Lunatic asylums Central Provinces reports 1910-1926 - 1910-1926
Year: 1910
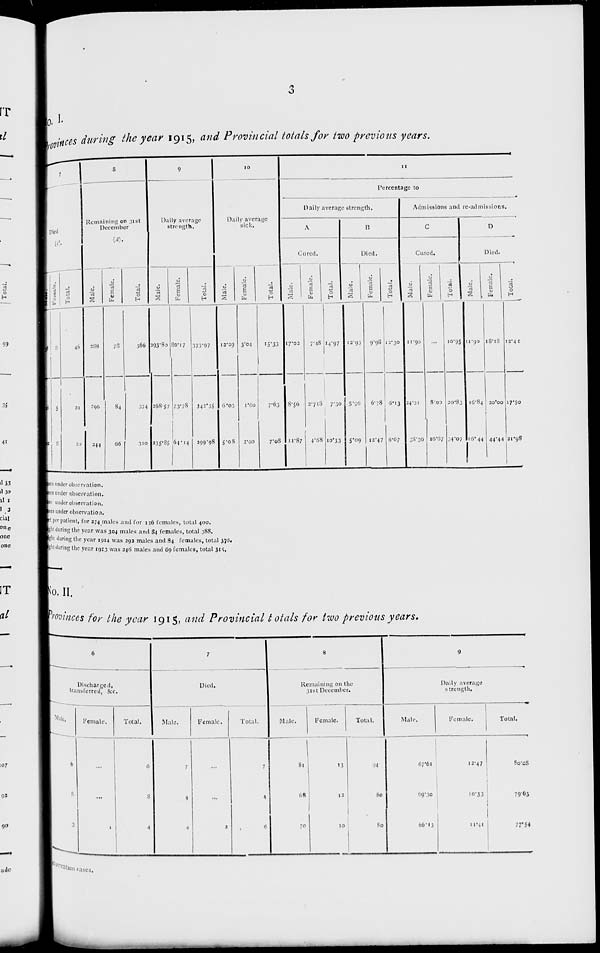
3
No.I.
Provinces during the year 1915, and Provincial totals for two previous years.
7
Died
(c).
Male.
43
16
12
Female.
3
5
8
Total.
46
21
20
8
Remaining on 31st
December
(d).
Male.
288
290
244
Female.
78
84
66
Total.
366
374
310
9
Daily average
strength.
Male.
293.80
268.57
235.85
Female.
80.17
73.78
64.14
Total.
373.97
342.35
299.98
10
Daily average
sick.
Male.
12.29
6.03
5.08
Female.
3.04
1.60
2.00
Total.
15.33
7.63
7.08
11
Percentage to
Daily average strength.
A
Cured.
Male.
17.02
8.56
11.87
Female.
7.48
2.718
4.68
Total.
14.97
7.30
10.33
B
Died.
Male.
12.93
5.96
5.09
Female.
9.98
6.78
12.47
Total.
12.30
6.13
6.67
Admissions and re-admissions.
C
Cured.
Male.
11.90
24.21
38.36
Female.
...
8.00
16.67
Total.
10.95
20.83
34.07
D
Died.
Male.
11.90
16.84
16.44
Female.
18.18
20.00
44.44
Total.
13.41
17.50
21.98
cases under observation.
cases under observation.
cases under observation.
cases under observation.
feet per patient, for 274 males and for 126 females, total 400.
night during the year was 304 males and 84 females, total 388,
night during the year 1914 was 292 males and 84 females, total 376.
night during the year 1913 was 246 males and 69 females, total 315,
No. II.
Provinces for the year 1915, and Provincial totals for two previous years.
6
Discharged,
transferred, &c.
Male.
6
8
3
Female.
...
...
1
Total.
6
8
4
7
Died.
Male.
7
4
4
Female.
...
...
2
Total.
7
4
6
8
Remaining on the
31st December.
Male.
81
68
70
Female.
13
12
10
Total.
94
80
80
9
Daily average
strength.
Male.
67.61
69.30
66.13
Female.
12.47
10.33
11.41
Total.
80.28
79.63
77.54
Observation cases.